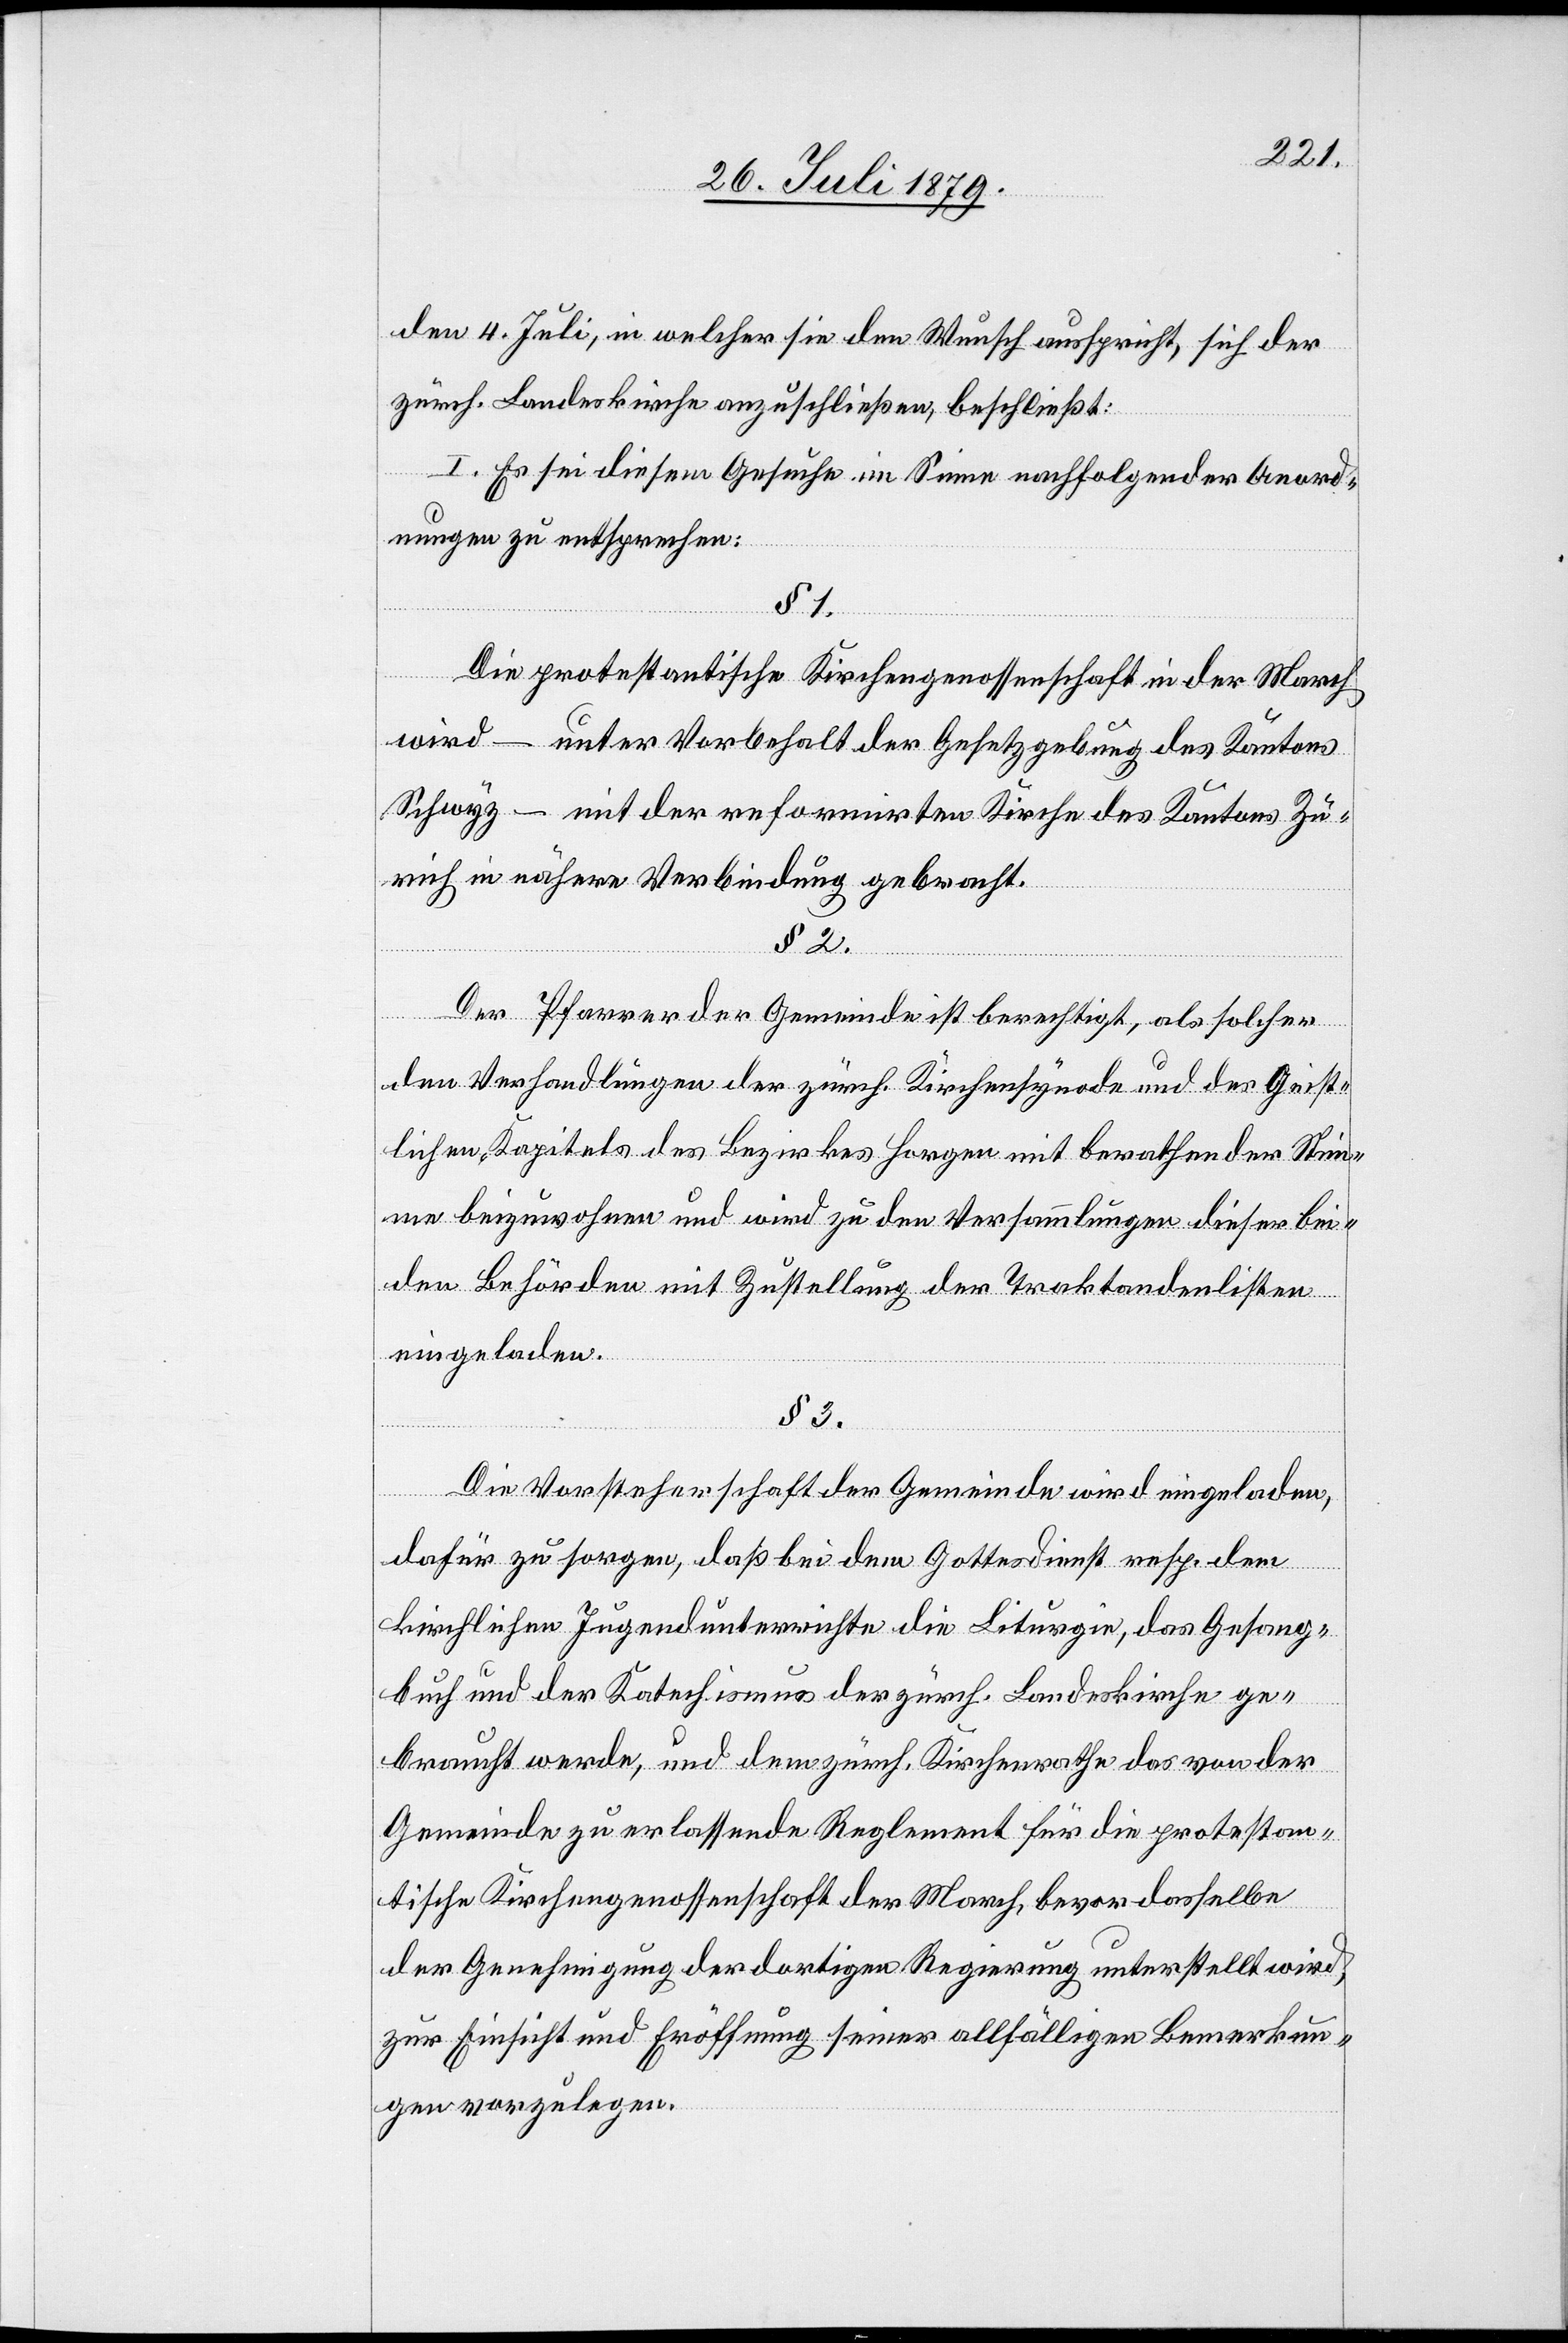
den 4. Juli, in welcher sie den Wunsch ausspricht, sich der
zürch. Landeskirche anzuschließen, beschließt:
I. Es sei diesem Gesuche im Sinne nachfolgender Anord¬
nungen zu entsprechen:
§ 1.
Die protestantische Kirchengenossenschaft in der March
wird – unter Vorbehalt der Gesetzgebung des Kantons
Schwyz – mit der reformirten Kirche des Kantons Zü¬
rich in nähere Verbindung gebracht.
§ 2.
Der Pfarrer der Gemeinde ist berechtigt, als solche
den Verhandlungen der zürch. Kirchensynode und des Geist¬
lichen Kapitals des Bezirkes Horgen mit berathender Stim¬
me beizuwohnen und wird zu den Versammlungen dieser bei¬
den Behörden mit Zustellung der Traktandenlisten
eingeladen.
§ 3.
Die Vorsteherschaft der Gemeinde wird eingeladen,
dafür zu sorgen, daß bei dem Gottesdienst resp. dem
kirchlichen Jugendunterrichte die Liturgie, das Gesang¬
buch und der Katechismus der zürch. Landeskirche ge¬
braucht werde, und dem zürch. Kirchenrathe das von der
Gemeinde zu erlassende Reglement für die protestan¬
tische Kirchengenossenschaft der March, bevor dasselbe
der Genehmigung der dortigen Regierung unterstellt wird,
zur Einsicht und Eröffnung seiner allfälligen Bemerkun¬
gen vorzulegen.